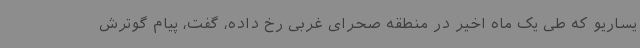
یساریو که طی یک ماه اخیر در منطقه صحرای غربی رخ داده، گفت، پیام گوترش